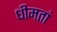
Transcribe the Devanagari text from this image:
धीमतां